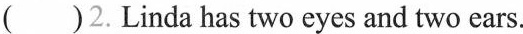
()2.Linda has two eyes and two ears.